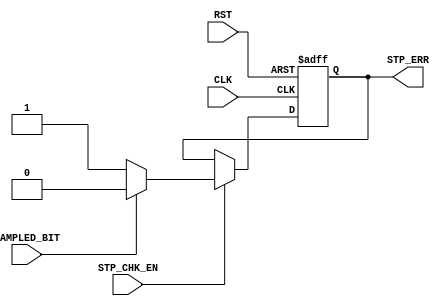
module Stop_Check		
	(
		input 	wire  	CLK			,
		input 	wire  	RST 			,
		input 	wire  	STP_CHK_EN		,
		input 	wire  	SAMPLED_BIT 		,
							
		output 	reg 	STP_ERR 
	);
						
always @ (posedge CLK or negedge RST)
 begin
  if(!RST)
	STP_ERR <= 1'b0 ;
   
  else if(STP_CHK_EN)	
	begin
		if (SAMPLED_BIT == 1'b1)
			STP_ERR <= 1'b0 ;
		else
			STP_ERR <= 1'b1 ;
	end
end
endmodule